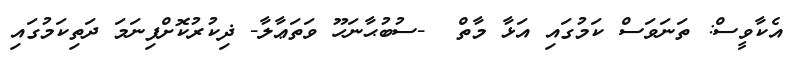
އެކާވީސް: ތަނަވަސް ކަމުގައި އަޅާ މާތް  -ސުބުޙާނަހޫ ވަތަޢާލާ- ޛިކުރުކޮށްފިނަމަ ދަތިކަމުގައި